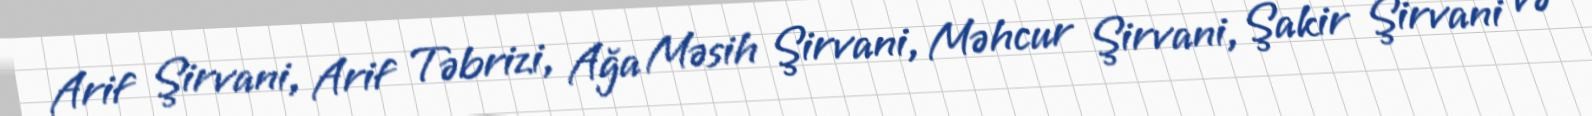
Arif Şirvani, Arif Təbrizi, Ağa Məsih Şirvani, Məhcur Şirvani, Şakir Şirvani və